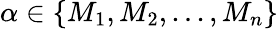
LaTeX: \alpha\in\{ M_{1},M_{2},...,M_{n}\}